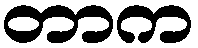
တာက